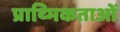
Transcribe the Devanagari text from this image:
प्राथ्मिकताओं